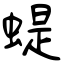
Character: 蝭